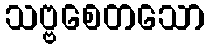
သဗ္ဗစေတသော